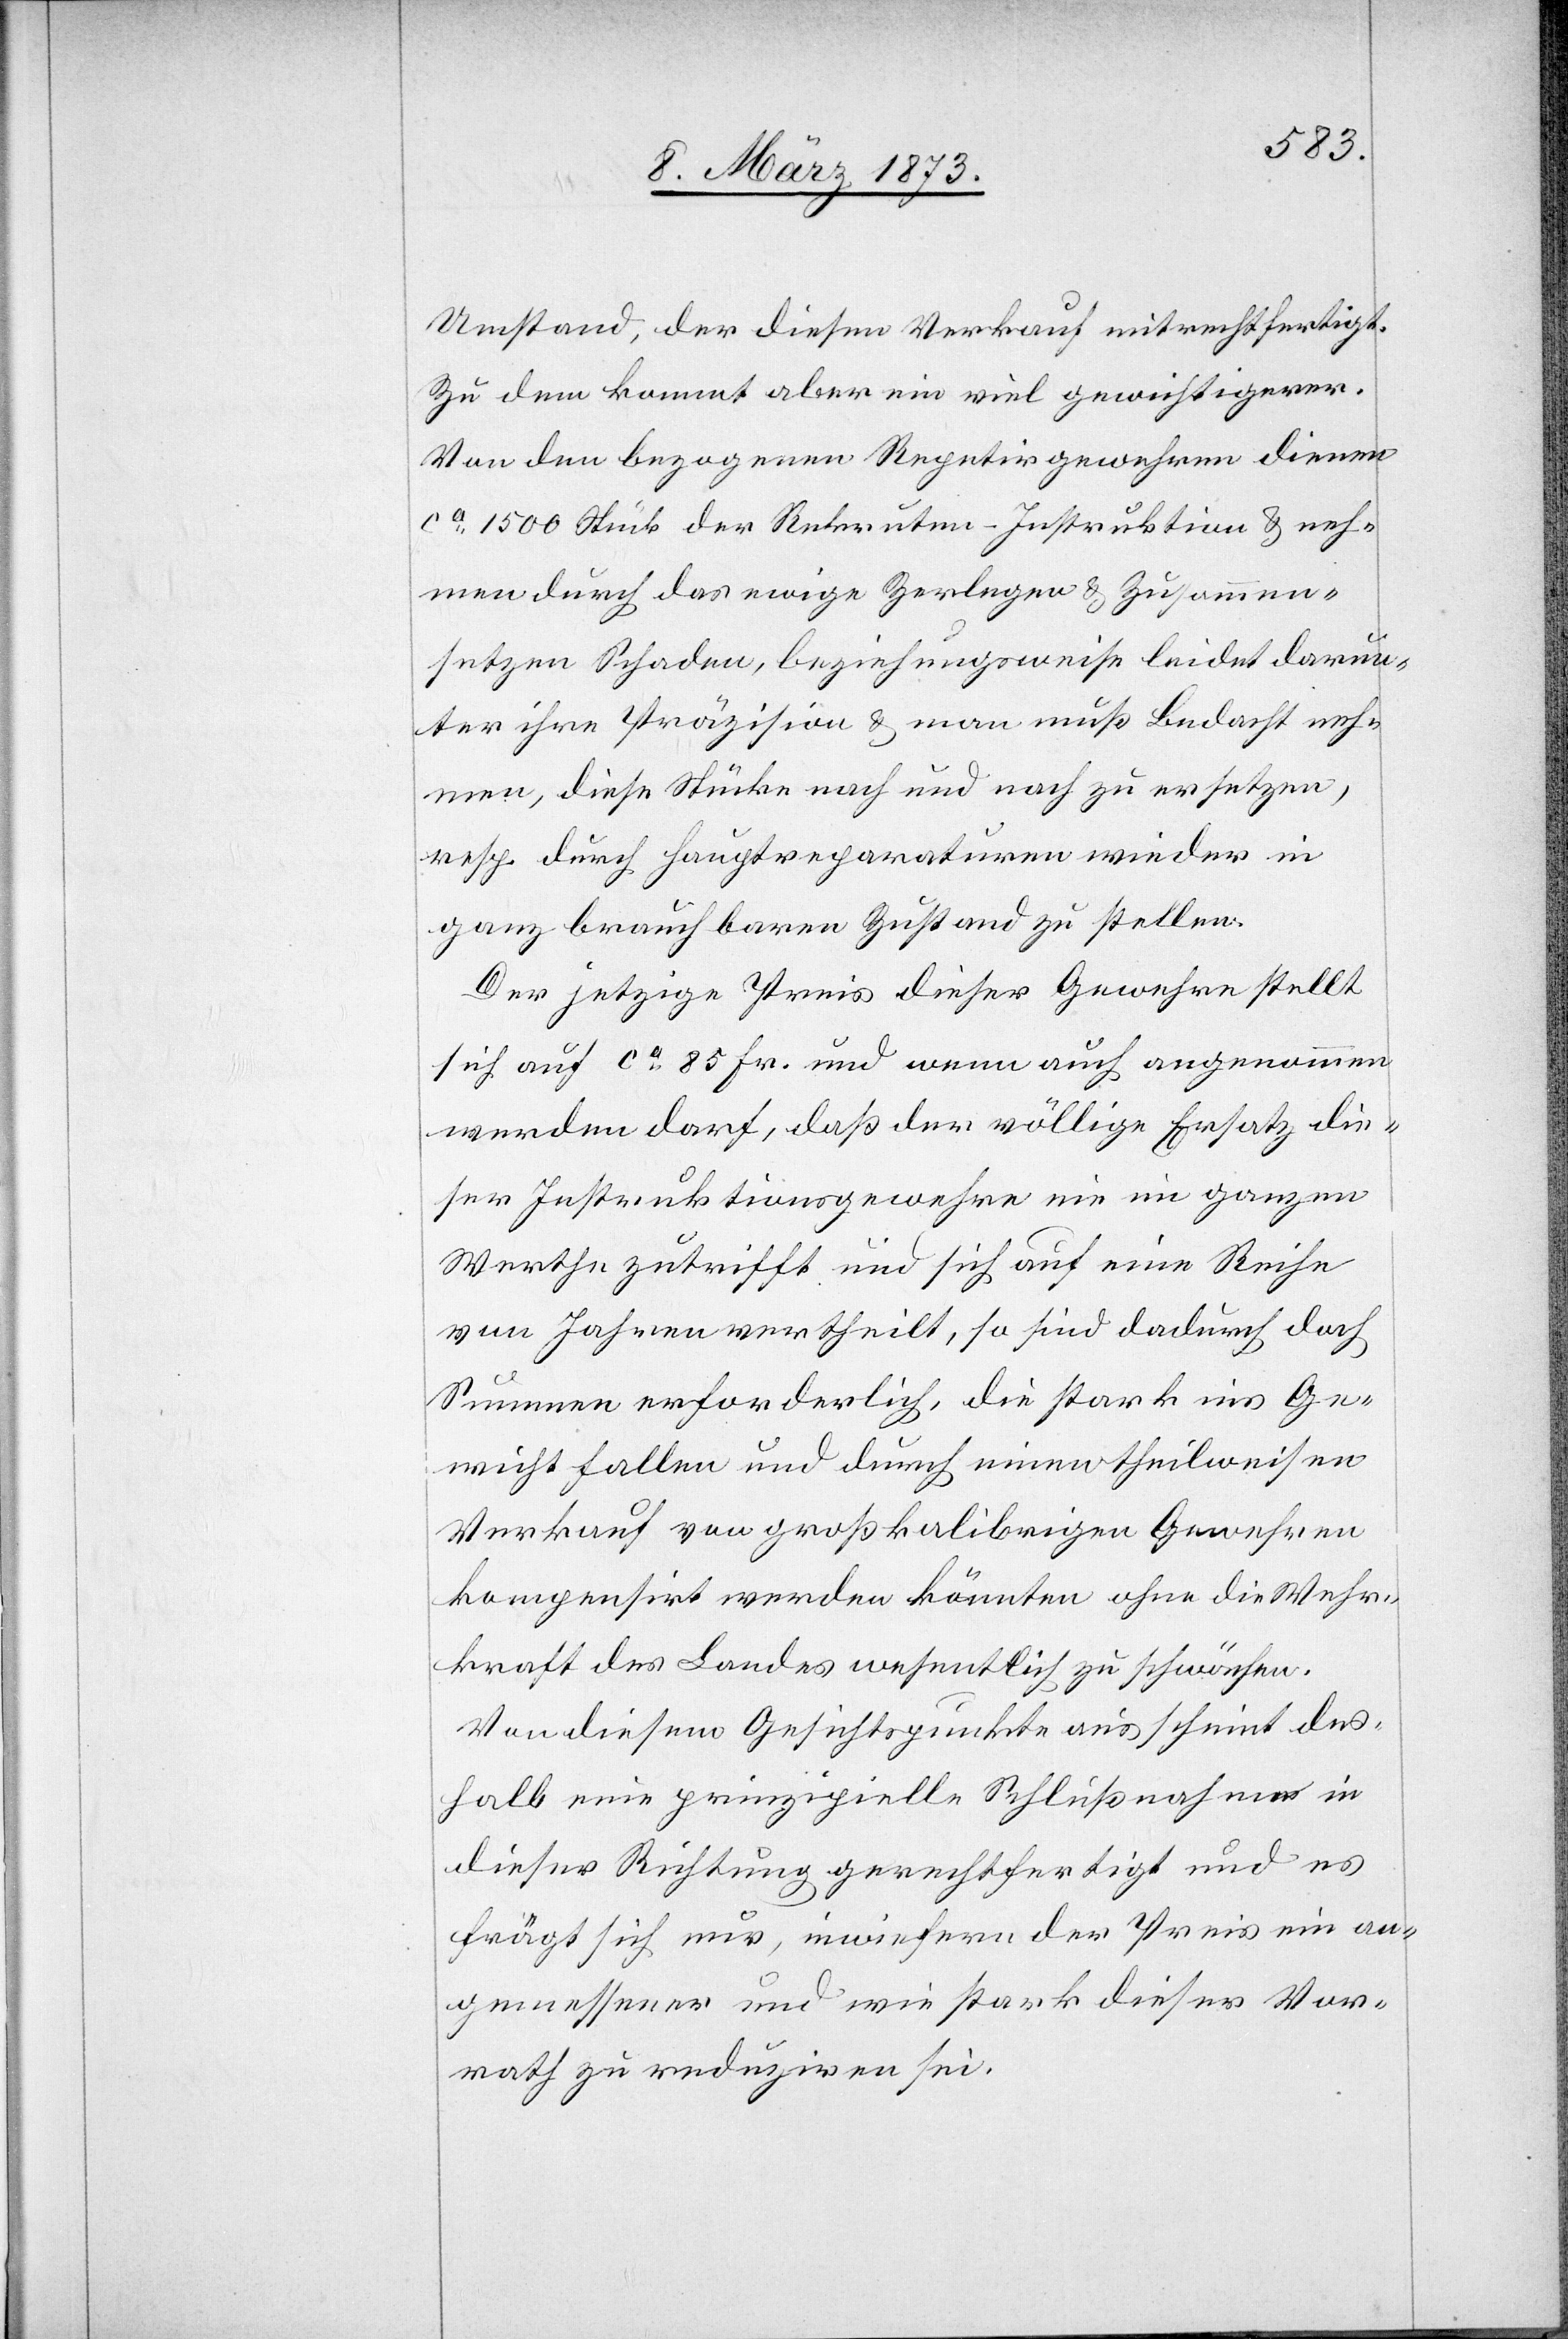
Umstand, der diesen Verkauf mitrechtfertigt.
Zu dem kommt aber ein viel gewichtigerer.
Von den bezogenen Repetirgewehren dienen
ca 1500 Stück der Rekruten-Instruktion u. neh¬
men durch das ewige Zerlegen u. Zusammen¬
setzen Schaden, beziehungsweise leidet darun¬
ter ihre Präzision u. man muß bedacht neh¬
men, diese Stücke nach und nach zu ersetzen,
resp. durch Hauptreparaturen wieder in
ganz brauchbaren Zustand zu stellen.
Der jetzige Preis dieser Gewehre stellt
sich auf ca 85 Fr. und wenn auch angenommen
werden darf, daß der völlige Ersatz die¬
ser Instruktionsgewehre nie im ganzen
Werthe zutrifft und sich auf eine Reihe
von Jahren vertheilt, so sind dadurch doch
Summen erforderlich, die stark ins Ge¬
wicht fallen und durch einen theilweisen
Verkauf von großkalibrigen Gewehren
kompensirt werden könnten ohne die Wehr¬
kraft des Landes wesentlich zu schwächen.
Von diesem Gesichtspunkte aus scheint des¬
halb eine prinzipielle Schlußnahme in
dieser Richtung gerechtfertigt und es
frägt sich nur, inwiefern der Preis ein an¬
gemessener und wie stark dieser Vor¬
rath zu reduziren sei.